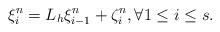
LaTeX: \begin{align*}\xi_i^n = L_h\xi_{i-1}^n + \zeta_{i}^n, \forall 1\leq i\leq s. \end{align*}